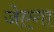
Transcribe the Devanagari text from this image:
जेएगा